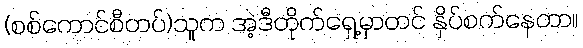
(စစ်ကောင်စီတပ်)သူက အဲ့ဒီတိုက်ရှေ့မှာတင် နှိပ်စက်နေတာ။